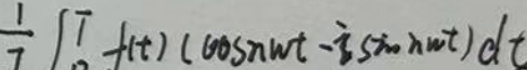
\[
\frac{1}{T}\int_{0}^{T} f(t)(\cos n\omega t - i\sin n\omega t)dt
\]